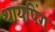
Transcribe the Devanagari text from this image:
थायपिंग